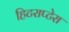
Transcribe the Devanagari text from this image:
हिटराप्टेरा